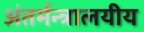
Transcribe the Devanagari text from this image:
अंतर्मन्त्रालयीय